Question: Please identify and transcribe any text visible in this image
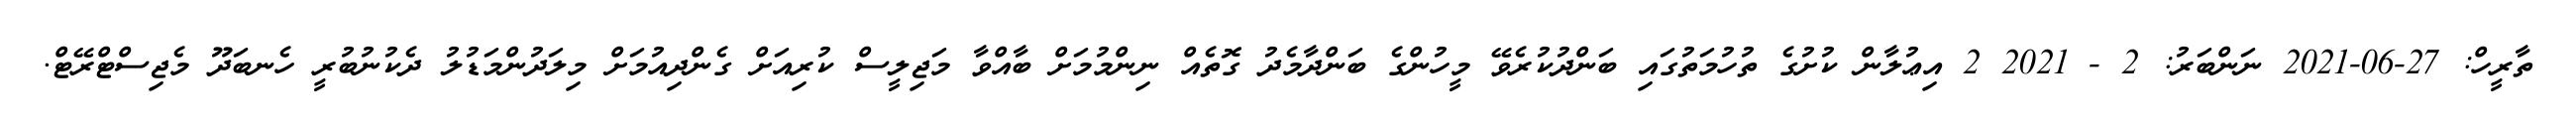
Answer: ތާރީހް: 27-06-2021 ނަންބަރު: 2 - 2021 2 އިޢުލާން ކުށުގެ ތުހުމަތުގައި ބަންދުކުރެވޭ މީހުންގެ ބަންދާމެދު ގޮތެއް ނިންމުމަށް ބާއްވާ މަޖިލީސް ކުރިއަށް ގެންދިއުމަށް މިލަދުންމަޑުލު ދެކުނުބުރީ ހެނބަދޫ މެޖިސްޓްރޭޓް.